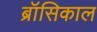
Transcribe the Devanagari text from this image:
ब्रॉसिकाल